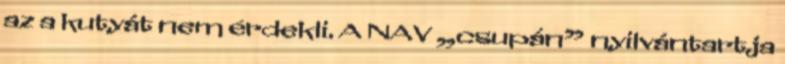
az a kutyát nem érdekli. A NAV „csupán” nyilvántartja